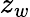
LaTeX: z_{w}